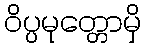
ဝိပ္ပမုတ္တောမှိ